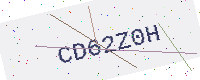
Text: CD62Z0H